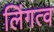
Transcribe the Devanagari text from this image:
लिंगत्व